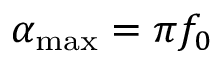
\alpha _ { \operatorname* { m a x } } = \pi f _ { 0 }